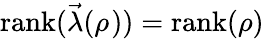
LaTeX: \mathrm{rank}(\vec{\lambda}(\rho_{}))=\mathrm{rank}(\rho)